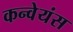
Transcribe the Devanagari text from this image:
कन्वेयंस